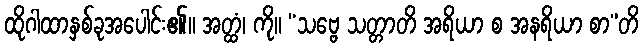
ထိုဂါထာနှစ်ခုအပေါင်း၏။ အတ္ထံ၊ ကို။ “သဗ္ဗေ သတ္တာတိ အရိယာ စ အနရိယာ စာ”တိ